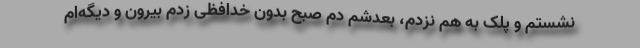
نشستم و پلک به هم نزدم، بعدشم دم صبح بدون خدافظی زدم بیرون و دیگه‌ام